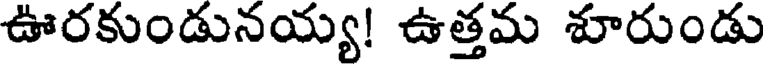
ఊరకుండునయ్య! ఉత్తమ శూరుండు